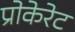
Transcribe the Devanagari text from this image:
प्रोकेरेट